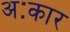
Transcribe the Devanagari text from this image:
अःकार